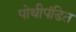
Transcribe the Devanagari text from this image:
पोथीपंडित